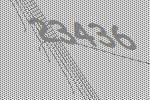
23436